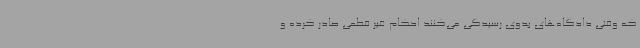
که وقتی دادگاه‌های بدوی رسیدگی می‌کنند احکام غیر قطعی صادر کرده و